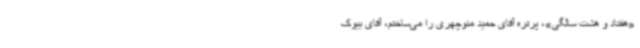
«هفتاد و هشت سالگی»، پرتره آقای حمید منوچهری را می‌ساختم، آقای بیوک